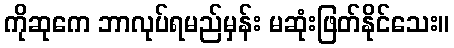
ကိုဆုကေ ဘာလုပ်ရမည်မှန်း မဆုံးဖြတ်နိုင်သေး။